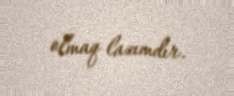
olmaq lazımdır.